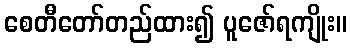
စေတီတော်တည်ထား၍ ပူဇော်ရကျိုး။